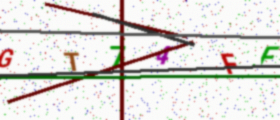
Text: GT74FF